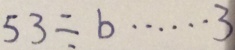
5 3 \div b \cdots 3